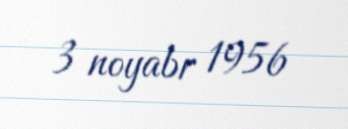
3 noyabr 1956